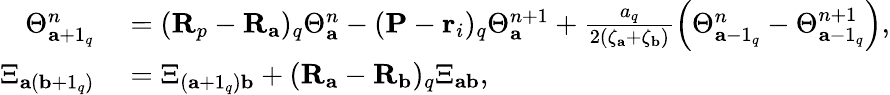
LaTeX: \begin{array}{rl}{\Theta_{\mathbf{a}+1_{q}}^{n}}&{{}=(\mathbf{R}_{p}-\mathbf{R}_{\mathbf{a}})_{q}\Theta_{\mathbf{a}}^{n}-(\mathbf{P}-\mathbf{r}_{i})_{q}\Theta_{\mathbf{a}}^{n+1}+\frac{a_{q}}{2(\zeta_{\mathbf{a}}+\zeta_{\mathbf{b}})}\left(\Theta_{\mathbf{a}-1_{q}}^{n}-\Theta_{\mathbf{a}-1_{q}}^{n+1}\right),}\\ {\Xi_{\mathbf{a}(\mathbf{b}+1_{q})}}&{{}=\Xi_{(\mathbf{a}+1_{q})\mathbf{b}}+(\mathbf{R}_{\mathbf{a}}-\mathbf{R}_{\mathbf{b}})_{q}\Xi_{\mathbf{ab}},}\end{array}